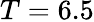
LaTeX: T=6.5